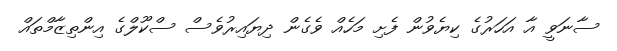
ސާނަވީ އާ އަހަރުގެ ކިޔެވުން ފެށި މަހެއް ވެގެން ދިޔައިރުވެސް ސްކޫލްގެ އިންތިޒާމްތައް